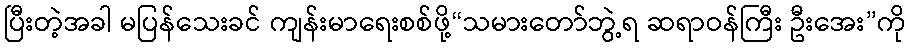
ပြီးတဲ့အခါ မပြန်သေးခင် ကျန်းမာရေးစစ်ဖို့“သမားတော်ဘွဲ့ရ ဆရာဝန်ကြီး ဦးအေး”ကို